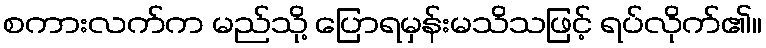
စကားလက်က မည်သို့ ပြောရမှန်းမသိသဖြင့် ရပ်လိုက်၏။